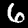
Digit: 6